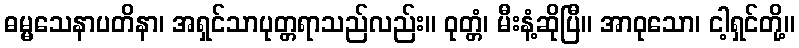
ဓမ္မသေနာပတိနာ၊ အရှင်သာပုတ္တရာသည်လည်း။ ဝုတ္တံ၊ မီးနံ့ဆိုပြီ။ အာဝုသော၊ ငါ့ရှင်တို့။